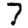
Digit: 7